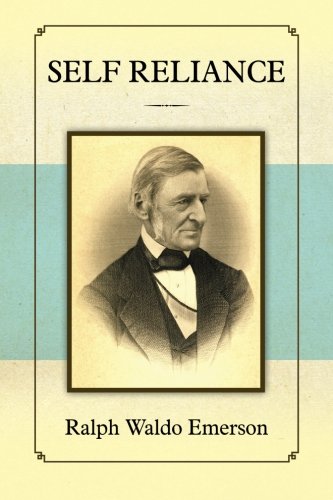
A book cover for Self Reliance; Ralph Waldo Emerson; Politics & Social Sciences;